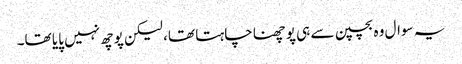
یہ سوال وہ بچپن سے ہی پوچھنا چاہتا تھا، لیکن پوچھ نہیں پایا تھا۔